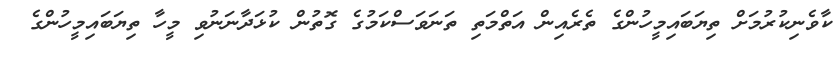
ކާވެނިކުރުމަށް ތިޔަބައިމީހުންގެ ތެރެއިން އަތްމަތި ތަނަވަސްކަމުގެ ގޮތުން ކުޅަދާނަނުވި މީހާ ތިޔަބައިމީހުންގެ